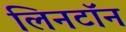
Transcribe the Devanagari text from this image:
लिनटॉन